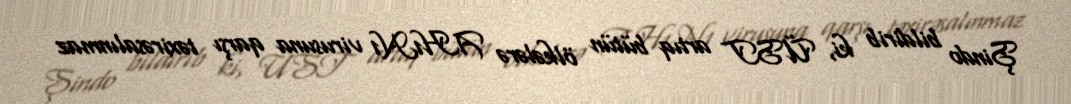
Şindo bildirib ki, ÜST artıq bütün ölkələrə AH1N1 virusuna qarşı təxirəsalınmaz